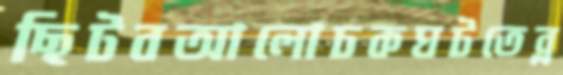
ছিটবআলোচকঘটতেব্ল